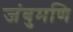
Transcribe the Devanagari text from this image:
जंबुमणि